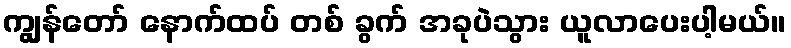
ကျွန်တော် နောက်ထပ် တစ် ခွက် အခုပဲသွား ယူလာပေးပါ့မယ်။